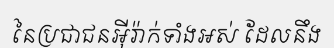
នៃប្រជាជនអ៊ីរ៉ាក់ទាំងអស់ ដែលនឹង